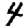
Digit: 4